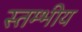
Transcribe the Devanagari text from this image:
स्तम्भीय